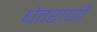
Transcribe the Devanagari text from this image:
घेवराणी